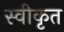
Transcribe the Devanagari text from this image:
स्वीकृत